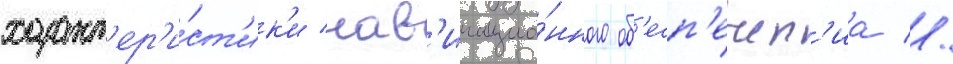
характ'ер'и́ст'ик'и нав'игацио́нного об'есп'ечен'иа //